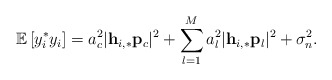
\begin{align*} \mathbb{E}\left[y_i^* y_i\right]=a_c^2\lvert\mathbf{h}_{i,*}\mathbf{p}_c\rvert^2+\sum_{l=1}^M a_l^2\lvert\mathbf{h}_{i,*}\mathbf{p}_l\rvert^2+\sigma_n^2.\end{align*}